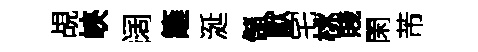
覘峽阔籬涎儲獻宅桃賤閑芾